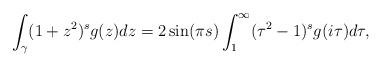
LaTeX: \begin{align*} \int_{\gamma} (1+z^2)^s g(z) dz = 2\sin(\pi s) \int_1^\infty (\tau^2-1)^s g(i \tau ) d\tau, \end{align*}